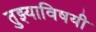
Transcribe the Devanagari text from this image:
तुझ्याविषयी